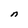
Character: n